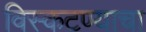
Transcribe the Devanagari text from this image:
विस्कटण्याचा